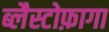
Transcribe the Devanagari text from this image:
ब्लैस्टोफ़ागा